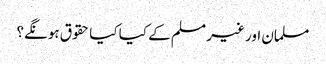
مسلمان اور غیر مسلم کے کیا کیا حقوق ہونگے؟